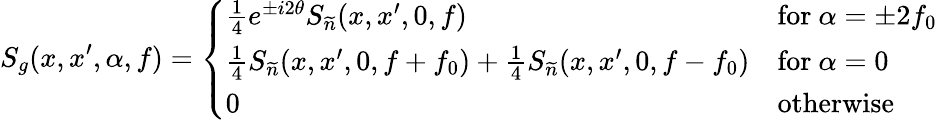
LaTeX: S_{g}(x,x^{\prime},\alpha,f)=\left\{ \begin{array}{ll}{\frac{1}{4}e^{\pm i2\theta}S_{\widetilde{n}}(x,x^{\prime},0,f)}&{\mathrm{for~}\alpha=\pm 2f_{0}}\\ {\frac{1}{4}S_{\widetilde{n}}(x,x^{\prime},0,f+f_{0})+\frac{1}{4}S_{\widetilde{n}}(x,x^{\prime},0,f-f_{0})}&{\mathrm{for~}\alpha=0}\\ {0}&{\mathrm{otherwise~}}\end{array}\right.